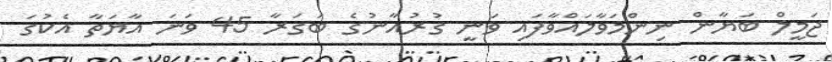
ޖަމީލް ބަޔާން ނިންމަވާލައްވާފައި ވަނީ ގުރުއާނުގެ ބަގަރާ 45 ވަނަ އާޔަތާ އެކުގަ